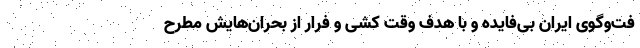
فت‌وگوی ایران بی‌فایده و با هدف وقت کشی و فرار از بحران‌هایش مطرح